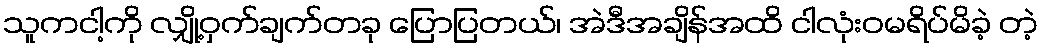
သူကငါ့ကို လျှို့ဝှက်ချက်တခု ပြောပြတယ်၊ အဲဒီအချိန်အထိ ငါလုံးဝမရိပ်မိခဲ့ တဲ့